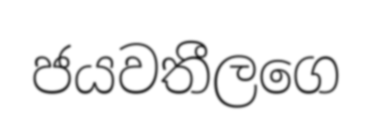
ජයවතීලගෙ